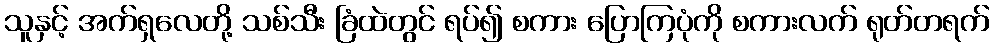
သူနှင့် အက်ရှလေတို့ သစ်သီး ခြံထဲတွင် ရပ်၍ စကား ပြောကြပုံကို စကားလက် ရုတ်တရက်